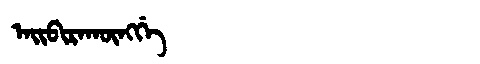
Manchu: ᠠᡳᠪᡳᡵᠠᡴᡡᠩᡤᡝ
Romanization: AIBIRAKŪNGGE